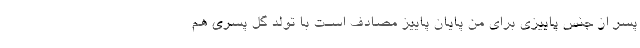
پسر از جنس پاییزی برای من پایان پاییز مصادف اسـت با تولد گل پسری هم